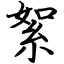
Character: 絮